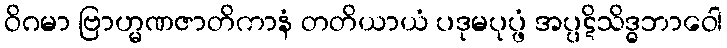
ဝိဂမာ ဗြာဟ္မဏဇာတိကာနံ တတိယာယံ ပဒုမပုပ္ဖံ အပ္ပဋိသိဒ္ဓဘာဝေါ